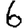
Digit: 6